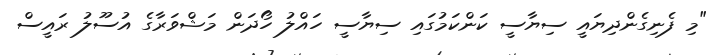
"މި ފެނިގެންދިޔައީ ސިޔާސީ ކަންކަމުގައި ސިޔާސީ ހައްލު ހޯދަން މަޝްވަރާގެ އުސޫލު ރައީސް